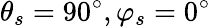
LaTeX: \theta_{s}=90^{\circ},\varphi_{s}=0^{\circ}